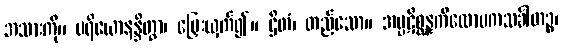
အသားကို။ ပရိယောနန္ဒိတွာ၊ မြှေးယှက်၍။ ဌိတံ၊ တည်သော။ အပ္ပဋိစ္ဆန္နကိလောမကသင်္ခါတဉ္စ၊